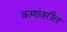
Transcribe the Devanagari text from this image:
कणांवरील